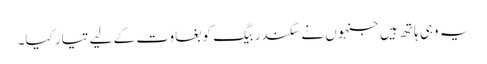
یہ وہی ہاتھ ہیں جنہوں نے سکندر بیگ کو بغاوت کے لیے تیار کیا۔